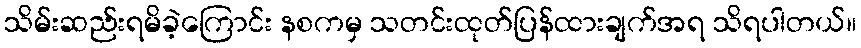
သိမ်းဆည်းရမိခဲ့ကြောင်း နစကမှ သတင်းထုတ်ပြန်ထားချက်အရ သိရပါတယ်။